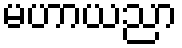
မဟာယညာ